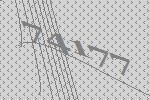
74177